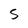
Character: 5